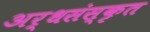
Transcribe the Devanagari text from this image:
अर्धसंस्कृत